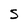
Character: S